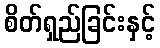
စိတ်ရှည်ခြင်းနှင့်